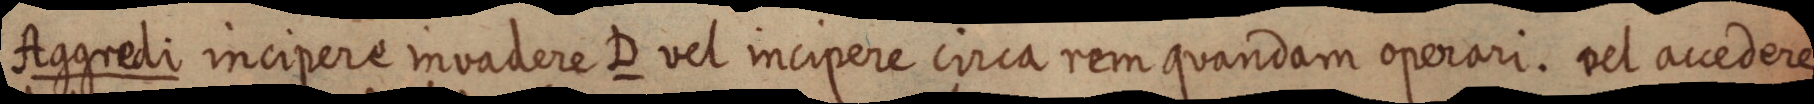
Aggredi incipere invadere D vel incipere circa rem quandam operari. vel accedere